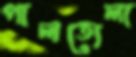
পালতোলা